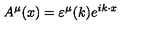
A ^ { \mu } ( x ) = \varepsilon ^ { \mu } ( k ) e ^ { i k \cdot x }